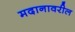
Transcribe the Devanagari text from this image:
मदानावरील